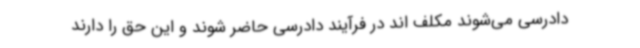
دادرسی می‌شوند مکلف اند در فرآیند دادرسی حاضر شوند و این حق را دارند